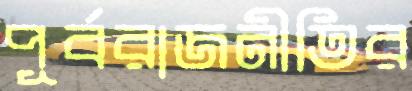
পূর্বরাজনীতির